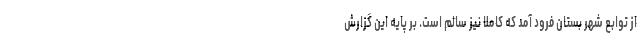
از توابع شهر بستان فرود آمد که کاملا نیز سالم است. بر پایه این گزارش